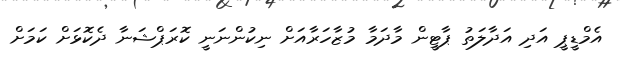
އެމްޑީޕީ އަދި އަދާލަތު ޕާޓީން މާދަމާ މުޒާހަރާއަށް ނިކުންނަނީ ކޮރަޕްޝަނާ ދެކޮޅަށް ކަމަށް